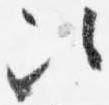
次